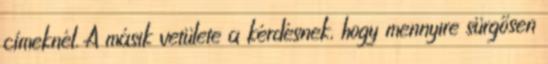
címeknél. A másik vetülete a kérdésnek, hogy mennyire sürgősen